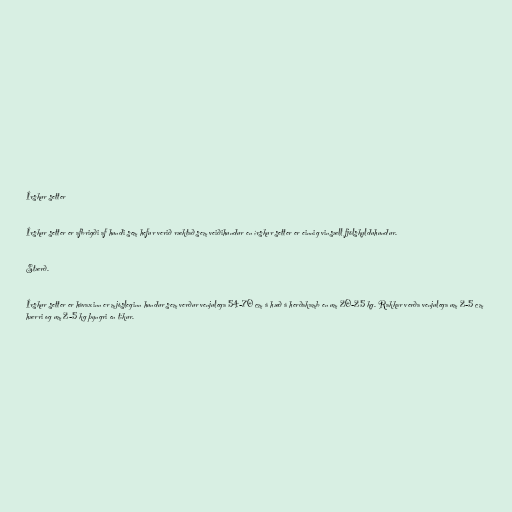
Írskur setter

Írskur setter er afbrigði af hundi sem hefur verið ræktað sem veiðihundur en írskur setter er einnig vinsæll fjölskylduhundur.

Stærð.

Írskur setter er hávaxinn er mjósleginn hundur sem verður venjulega 54-70 cm á hæð á herðakamb en um 20-25 kg. Rakkar verða venjulega um 2-5 cm
hærri og um 2-5 kg þyngri en tíkur.